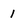
Character: 1